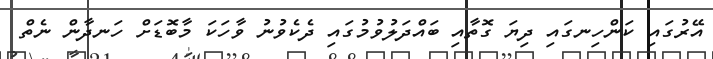
އޭރުގައި ކަންހިނގައި ދިޔަ ގޮތާއި ބައްދަލުވުމުގައި ދެކެވުނު ވާހަކަ މާބޮޑަށް ހަނދާން ނެތް